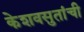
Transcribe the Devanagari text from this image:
केशवसुतांची